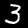
Digit: 3